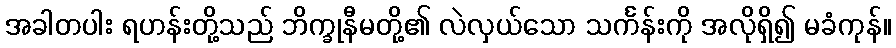
အခါတပါး ရဟန်းတို့သည် ဘိက္ခုနီမတို့၏ လဲလှယ်သော သင်္ကန်းကို အလိုရှိ၍ မခံကုန်။